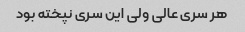
هر سری عالی ولی این سری نپخته بود